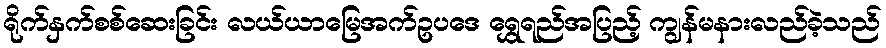
ရိုက်နှက်စစ်ဆေးခြင်း လယ်ယာမြေအက်ဥပဒေ ရွှေရည်အပြည့် ကျွန်မနားလည်ခဲ့သည်